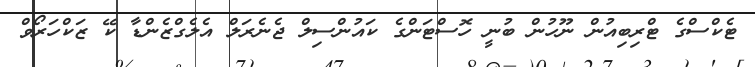
ޓެކްސްގެ ޓްރިބިއުން ނޫހުން ބުނީ ހޮސްޓަންގެ ކައުންސިލް ޖެނެރަލް އެލެގްޒެންޑާ ކޭ ޒަކްހަރޯވް